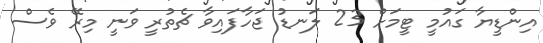
އިންޑީޔާ ގައުމީ ޓީމަށް 23 ލަނޑު ޖަހާފައިވާ ޗެތުރީ ވަނީ މިރޭ ވެސް